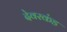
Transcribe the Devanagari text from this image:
देवरकंंड